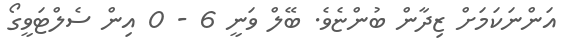
އަންނަކަމަށް ޒިދާން ބުންޏެވެ. ބޭލް ވަނީ 6 - 0 އިން ސެލްޓަވީގޯ